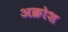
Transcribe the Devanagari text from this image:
अक्रोश